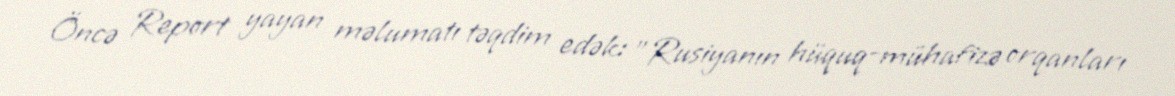
Öncə Report yayan məlumatı təqdim edək: "Rusiyanın hüquq-mühafizə orqanları